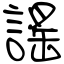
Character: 謠